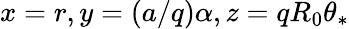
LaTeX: x=r,y=(a/q)\alpha,z=qR_{0}\theta_{*}